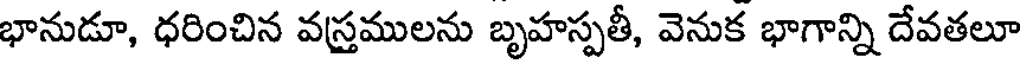
భానుడూ, ధరించిన వస్తములను బృహస్పతీ, వెనుక భాగాన్ని దేవతలూ